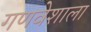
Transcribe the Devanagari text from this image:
गणवेशाला